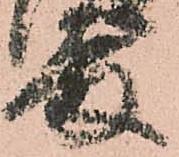
殿